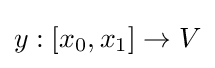
y:[x_{0},x_{1}]\to V